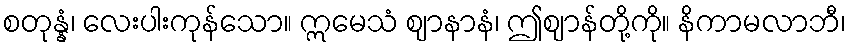
စတုန္နံ၊ လေးပါးကုန်သော။ ဣမေသံ ဈာနာနံ၊ ဤဈာန်တို့ကို။ နိကာမလာဘီ၊